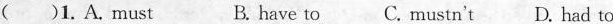
( )1. A. must B. have to C. mustn^{\prime} t D. had to